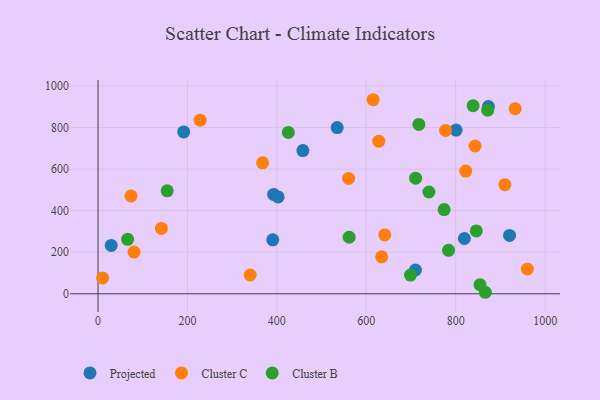
{"axis": {"x": "Speed", "y": "Fuel Efficiency"}, "legend": ["Cluster B", "Cluster C", "Projected"], "data": [{"x": "458.2", "y": 689.1, "type": "Projected"}, {"x": "819.4", "y": 266.1, "type": "Projected"}, {"x": "873.1", "y": 900.9, "type": "Projected"}, {"x": "392.8", "y": 478.0, "type": "Projected"}, {"x": "710.0", "y": 114.4, "type": "Projected"}, {"x": "29.5", "y": 232.8, "type": "Projected"}, {"x": "390.8", "y": 259.7, "type": "Projected"}, {"x": "800.8", "y": 787.9, "type": "Projected"}, {"x": "191.6", "y": 778.8, "type": "Projected"}, {"x": "534.9", "y": 800.0, "type": "Projected"}, {"x": "402.8", "y": 466.2, "type": "Projected"}, {"x": "920.4", "y": 280.9, "type": "Projected"}, {"x": "628.0", "y": 734.3, "type": "Cluster C"}, {"x": "73.8", "y": 471.0, "type": "Cluster C"}, {"x": "560.5", "y": 555.2, "type": "Cluster C"}, {"x": "909.9", "y": 525.0, "type": "Cluster C"}, {"x": "843.3", "y": 711.2, "type": "Cluster C"}, {"x": "615.3", "y": 933.9, "type": "Cluster C"}, {"x": "228.4", "y": 835.5, "type": "Cluster C"}, {"x": "10.3", "y": 76.2, "type": "Cluster C"}, {"x": "777.3", "y": 786.1, "type": "Cluster C"}, {"x": "340.3", "y": 90.4, "type": "Cluster C"}, {"x": "960.3", "y": 119.3, "type": "Cluster C"}, {"x": "368.1", "y": 630.0, "type": "Cluster C"}, {"x": "822.5", "y": 590.4, "type": "Cluster C"}, {"x": "141.7", "y": 314.4, "type": "Cluster C"}, {"x": "634.4", "y": 177.7, "type": "Cluster C"}, {"x": "80.6", "y": 200.8, "type": "Cluster C"}, {"x": "641.3", "y": 283.0, "type": "Cluster C"}, {"x": "933.0", "y": 891.0, "type": "Cluster C"}, {"x": "698.9", "y": 89.8, "type": "Cluster B"}, {"x": "866.3", "y": 7.2, "type": "Cluster B"}, {"x": "740.0", "y": 489.9, "type": "Cluster B"}, {"x": "154.7", "y": 495.3, "type": "Cluster B"}, {"x": "66.2", "y": 261.9, "type": "Cluster B"}, {"x": "854.4", "y": 43.8, "type": "Cluster B"}, {"x": "838.9", "y": 904.9, "type": "Cluster B"}, {"x": "561.7", "y": 272.3, "type": "Cluster B"}, {"x": "774.1", "y": 405.4, "type": "Cluster B"}, {"x": "425.6", "y": 776.4, "type": "Cluster B"}, {"x": "846.1", "y": 302.4, "type": "Cluster B"}, {"x": "784.0", "y": 208.9, "type": "Cluster B"}, {"x": "717.6", "y": 815.2, "type": "Cluster B"}, {"x": "871.6", "y": 883.7, "type": "Cluster B"}, {"x": "710.4", "y": 556.2, "type": "Cluster B"}]}